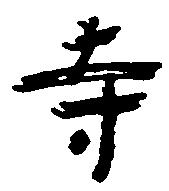
寺